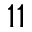
1 1